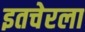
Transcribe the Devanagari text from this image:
इतचेरला